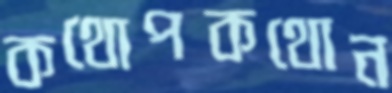
কথোপকথোন